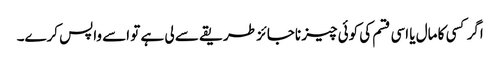
اگر کسی کا مال یا اسی قسم کی کوئی چیز ناجائز طریقے سے لی ہے تو اسے واپس کرے۔